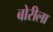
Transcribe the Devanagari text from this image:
बोरीला